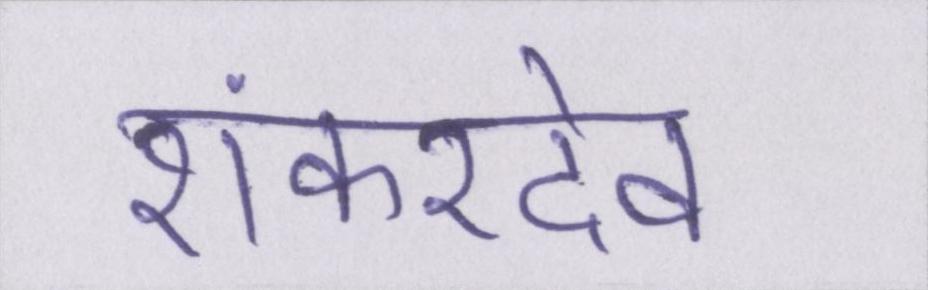
शंकरदेव